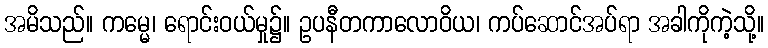
အမိသည်။ ကမ္မေ၊ ရောင်းဝယ်မှု၌။ ဥပနီတကာလောဝိယ၊ ကပ်ဆောင်အပ်ရာ အခါကိုကဲ့သို့။